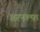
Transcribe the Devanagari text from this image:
अरनल्फ